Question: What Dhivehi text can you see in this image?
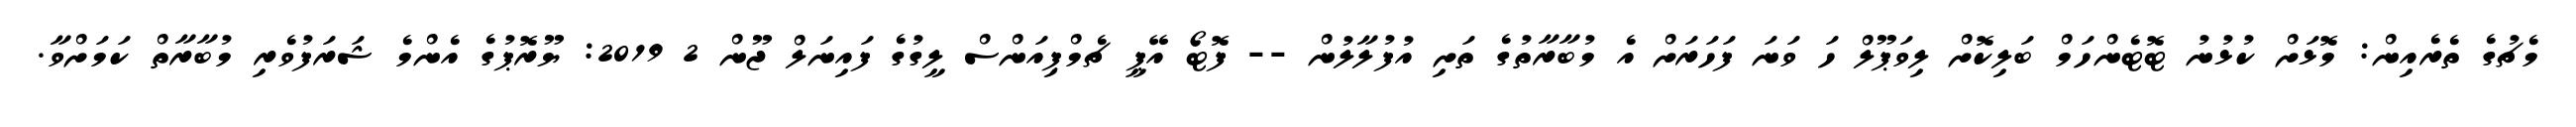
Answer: މެޗުގެ ތެރެއިން: މޮޅަށް ކުޅުނު ޓޮޓެންހަމް ބަލިކޮށް ލިވަޕޫލް ހަ ވަނަ ފަހަރަށް އެ މުބާރާތުގެ ތަށި އުފުލާލުން -- ފޮޓޯ އޭޕީ ޗެމްޕިއަންސް ލީގުގެ ފައިނަލް ޖޫން 2 2019: ޔޫރޮޕުގެ އެންމެ ޝަރަފުވެރި މުބާރާތް ކަމަށްވާ.